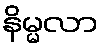
နိမ္မလာ